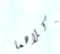
وكلاهما